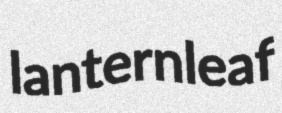
lanternleaf